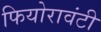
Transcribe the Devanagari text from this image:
फियोरावंटी